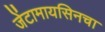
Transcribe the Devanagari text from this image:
जेंटामायसिनचा